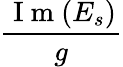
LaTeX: \frac{\mathrm{~I~m~}(E_{s})}{g}